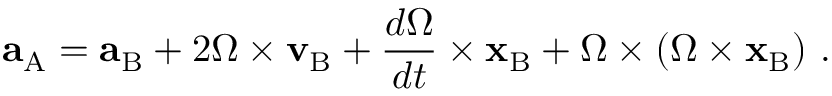
\mathbf { a } _ { \mathrm { A } } = \mathbf { a } _ { \mathrm { B } } + 2 { \boldsymbol { \Omega } } \times \mathbf { v } _ { \mathrm { B } } + { \frac { d { \boldsymbol { \Omega } } } { d t } } \times \mathbf { x } _ { \mathrm { B } } + { \boldsymbol { \Omega } } \times \left( { \boldsymbol { \Omega } } \times \mathbf { x } _ { \mathrm { B } } \right) \, .